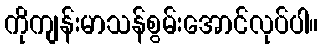
ကိုကျန်းမာသန်စွမ်းအောင်လုပ်ပါ။